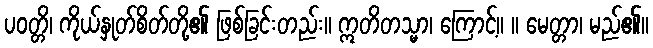
ပဝတ္တိ၊ ကိုယ်နှုတ်စိတ်တို့၏ ဖြစ်ခြင်းတည်း။ ဣတိတသ္မာ၊ ကြောင့်။ ။ မေတ္တာ၊ မည်၏။